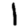
Digit: 1